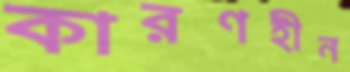
কারণহীন